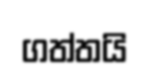
ගත්තයි